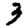
Digit: 3